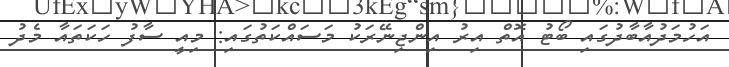
އަހުމަދުއާބާދުގައި ބޯޓު އޮތް އިރު އިންޖިނޭރަކު މަސައްކަތުގައި: މިއީ ސާފު ހަކަތައާ މެދު